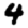
Digit: 4